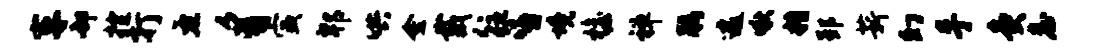
车却控打左豸寅郫哄金戴往嘻境檐禅腰遽啾糟郢薪幻手灸詹